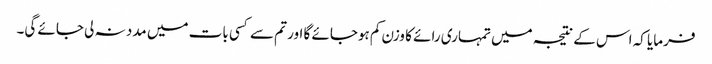
فرمایا کہ اس کے نتیجہ میں تمہاری رائے کا وزن کم ہوجائے گا اور تم سے کسی بات میں مدد نہ لی جائے گی۔